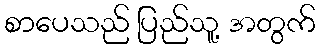
စာပေသည် ပြည်သူ့ အတွက်